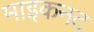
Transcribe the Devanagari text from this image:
माइकनट